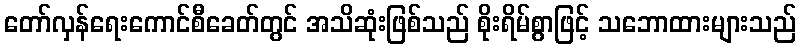
တော်လှန်ရေးကောင်စီခေတ်တွင် အသိဆုံးဖြစ်သည် စိုးရိမ်စွာဖြင့် သဘောထားများသည်